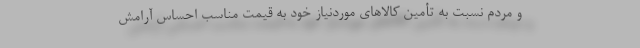
و مردم نسبت به تأمین کالاهای موردنیاز خود به قیمت مناسب احساس آرامش